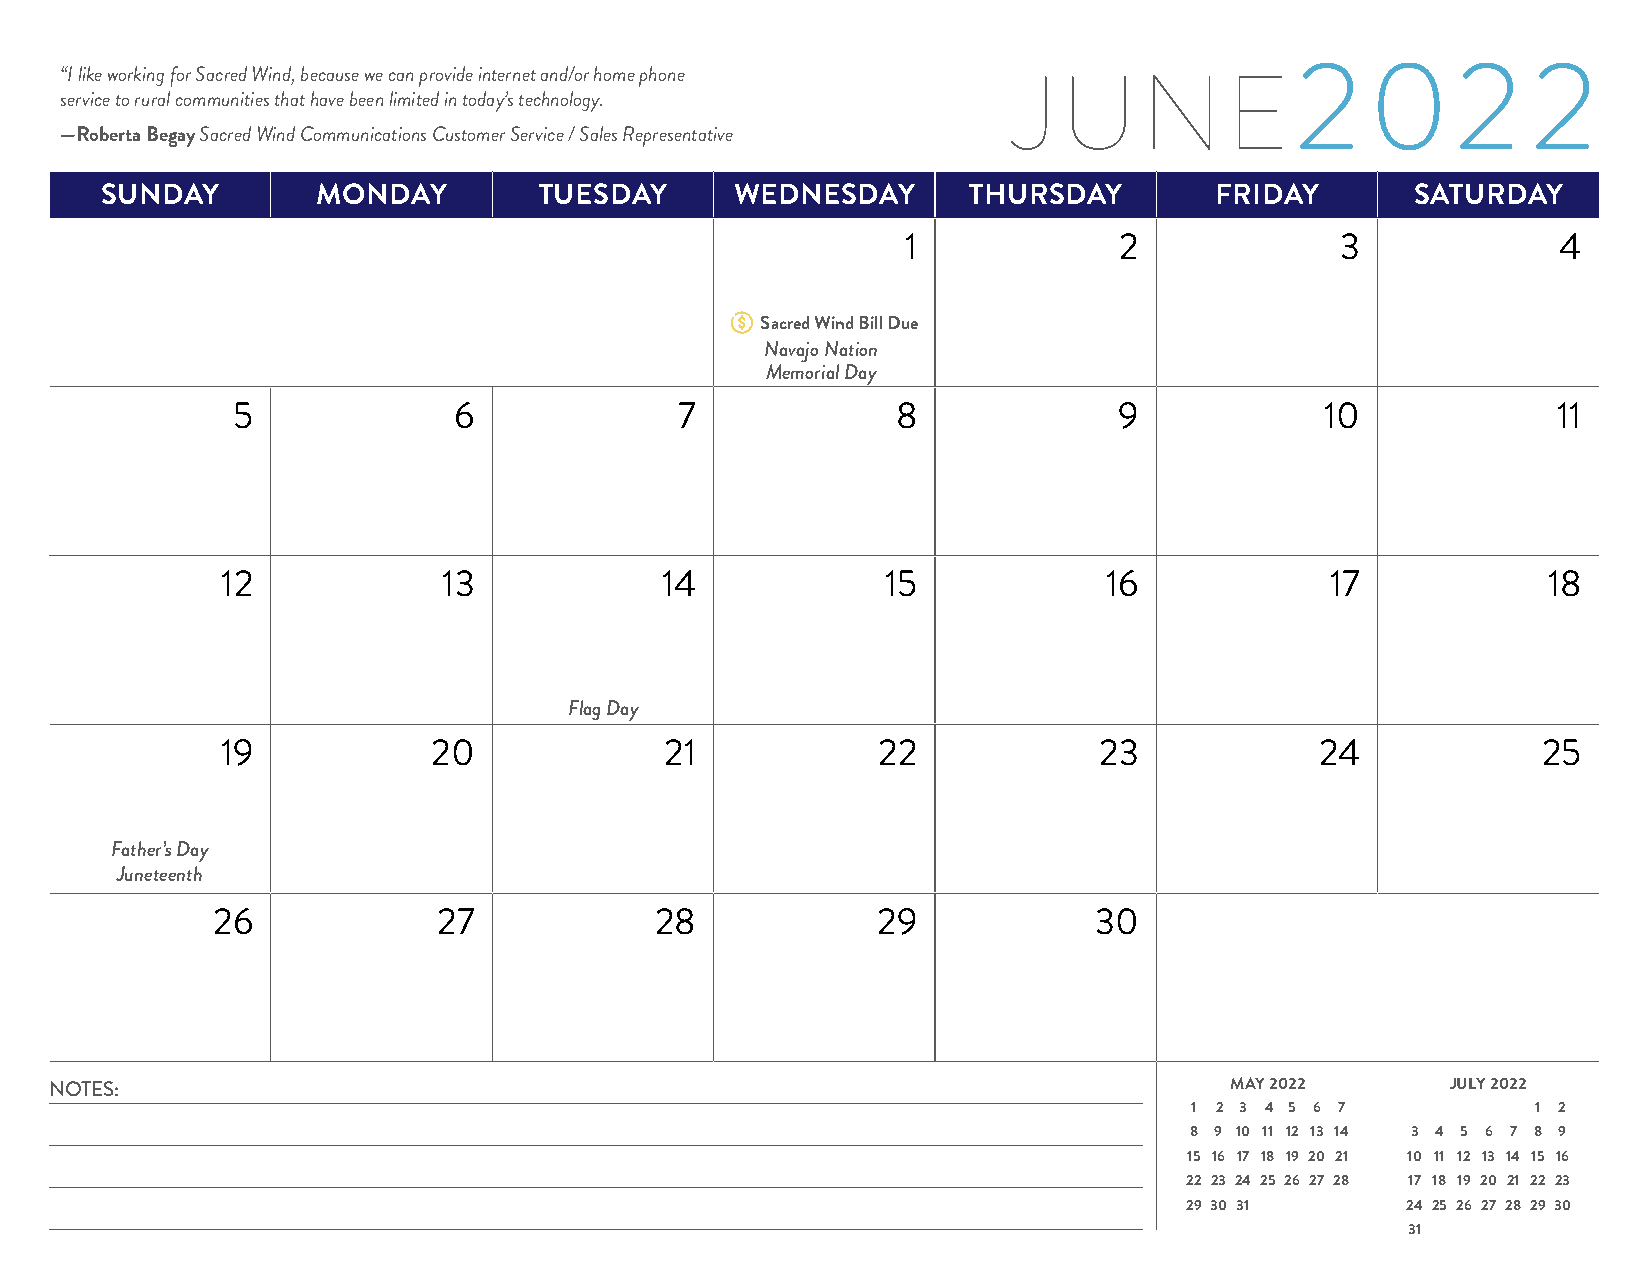
“I like working for Sacred Wind, because we can provide internet and/or home phone 2   02        2
 J  UNE
 service to rural communities that have been limited in today’s technology.
 —Roberta Begay Sacred Wind Communications Customer Service / Sales Representative
 SUNDAY        MONDAY         TUESDAY      WEDNESDAY      THURSDAY        FRIDAY        SATURDAY
 1             2              3             4
 Sacred Wind Bill Due
 Navajo Nation
 Memorial Day
 5              6              7             8              9             10             11
 12            13             14             15            16             17            18
 Flag Day
 19            20             21            22             23            24             25
 Father’s Day
 Juneteenth
 26             27            28             29            30
 NOTES:                                                                        MAY 2022       JULY 2022
 1 2 3 4 5 6 7          1 2
 8 9 10 11 12 13 14 3 4 5 6 7 8 9
 15 16 17 18 19 20 21 10 11 12 13 14 15 16
 22 23 24 25 26 27 28 17 18 19 20 21 22 23
 29 30 31       24 25 26 27 28 29 30
 31